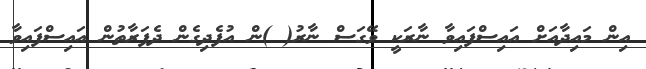
އިން މައިދާއަށް އައިސްފައިވާ ނާރަކީ ވޭގަސް ނާރު( )ން އުފެދިގެން ދެފަރާތުން އައިސްފައިވާ